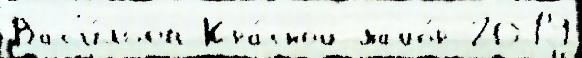
Вас'и́льев Кра́сной майо́р 2019